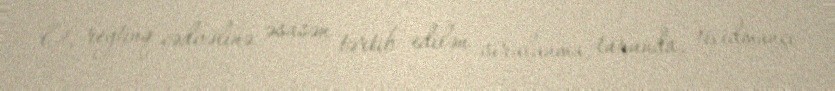
O, reytinq cədvəlinə əsasən tərtib edilən sıralanma turunda, 16 idmançı